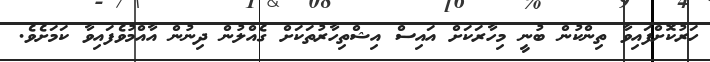
ހަރުކޮށްފައިވާ ތިންކުން ބުނީ މިހާރަކަށް އައިސް އިޝްތިހާރުތަކަށް ގެއްލުން ދިނުން އާއްމުވެފައިވާ ކަމަށެވެ.